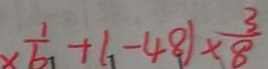
\times \frac { 1 } { 6 } + 1 - 4 8 ) \times \frac { 3 } { 8 }